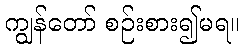
ကျွန်တော် စဉ်းစား၍မရ။